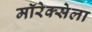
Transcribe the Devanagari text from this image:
मॉरेक्सेला